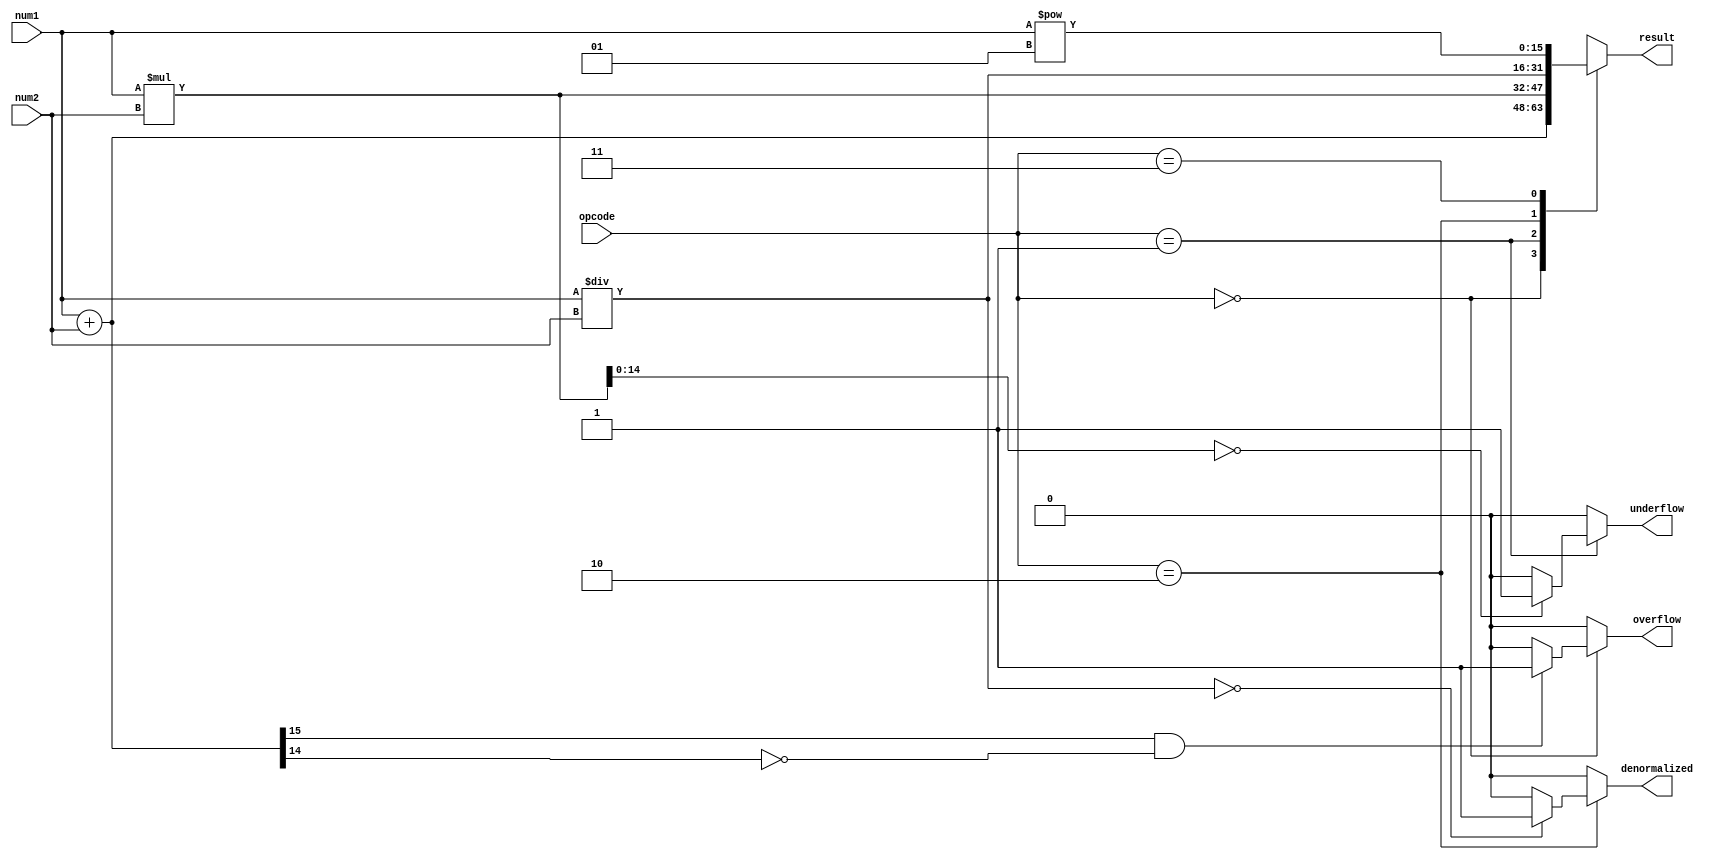
module half_precision_fpu (
    input [15:0] num1,
    input [15:0] num2,
    input [3:0] opcode,
    output reg [15:0] result,
    output reg overflow,
    output reg underflow,
    output reg denormalized
);

reg [15:0] add_result, mult_result, div_result, sqrt_result;

always @ (num1 or num2 or opcode) begin
    overflow = 0;
    underflow = 0;
    denormalized = 0;
    
    case (opcode)
        4'b0000: begin // Addition
            add_result = num1 + num2;
            if (add_result[15] && !add_result[14]) begin // Check for overflow
                overflow = 1;
            end
            result = add_result;
        end
        4'b0001: begin // Multiplication
            mult_result = num1 * num2;
            if (mult_result[14:0] == 0) begin // Check for underflow
                underflow = 1;
            end
            result = mult_result;
        end
        4'b0010: begin // Division
            div_result = num1 / num2;
            if (div_result[15:0] == 0) begin // Check for denormalized numbers
                denormalized = 1;
            end
            result = div_result;
        end
        4'b0011: begin // Square Root
            sqrt_result = num1 ** 0.5;
            result = sqrt_result;
        end
        default: result = 16'bx; // Invalid opcode
    endcase
end

endmodule